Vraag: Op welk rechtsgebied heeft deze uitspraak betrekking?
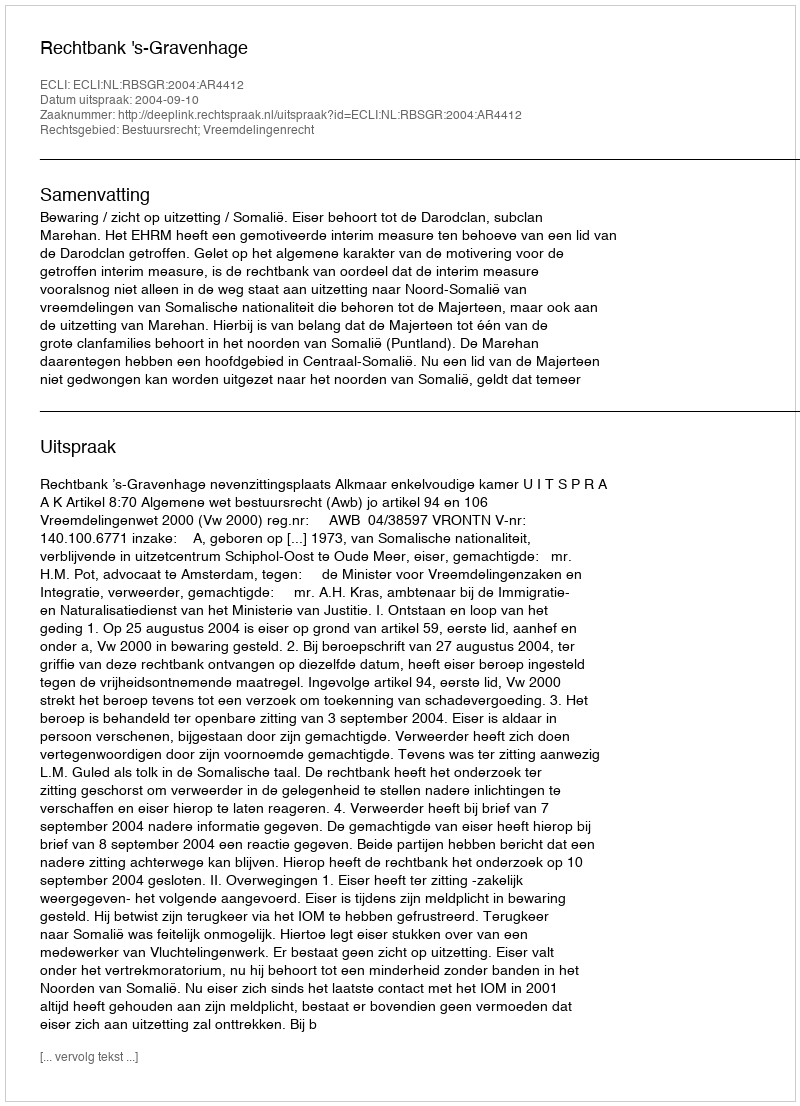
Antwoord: Bestuursrecht; Vreemdelingenrecht